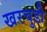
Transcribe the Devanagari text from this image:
खरचुडी